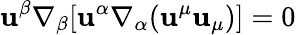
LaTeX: \mathbf{u}^{\beta}\nabla_{\beta}[\mathbf{u}^{\alpha}\nabla_{\alpha}(\mathbf{u}^{\mu}\mathbf{u}_{\mu})]=0